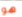
هو